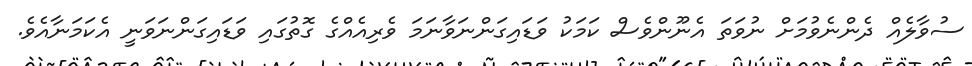
ސުވާލެއް ދެންނެވުމަށް ނުވަތަ އެނޫންވެސް ކަމަކު ވަޑައިގަންނަވާނަމަ ވެރިއެއްގެ ގޮތުގައި ވަޑައިގަންނަވަނީ އެކަމަނާއެވެ.